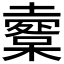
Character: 𡒩